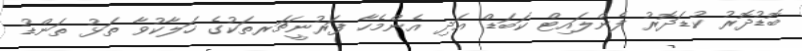
ބޮޑުދޮރު ކުޑަދޮރު ފެންލައިޓް ކަބަޑް އަދި އެންމެހާ ފަރުނީޗަރތަކުގެ ހަލާކުވާ ތަޅު ތަންޑު